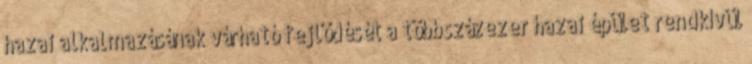
hazai alkalmazásának várható fejlődését a többszázezer hazai épület rendkívül